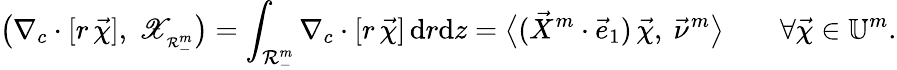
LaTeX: \bigl(\nabla_{c}\cdot[r\, \vec{\chi}],~\mathscr{X}_{_{\mathcal{R}_{-}^{m}}}\bigr)=\int_{\mathcal{R}_{-}^{m}}\nabla_{c}\cdot[r\, \vec{\chi}]\, \mathrm{d}r\mathrm{d}z=\bigl\langle(\vec{X}^{m}\cdot\vec{e}_{1})\, \vec{\chi},~\vec{\nu}^{m}\bigr\rangle\qquad\forall\vec{\chi}\in\mathbb{U}^{m}.